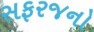
સફરજનો